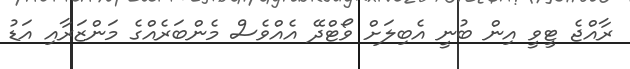
ރާއްޖެ ޓީވީ އިން ބުނީ އެބިލަށް ވޯޓްދޭ އެއްވެސް މެންބަރެއްގެ މަންޒަރާއި އަޑު